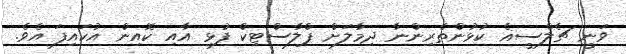
ވަނީ ޗެލްސީޣެ ކުޅުންތެރިންނާ ދިމާލަށް ޕްލާސްޓިކް ފުޅި އާއި ކޮއިން އުކައިފަ އެވެ.